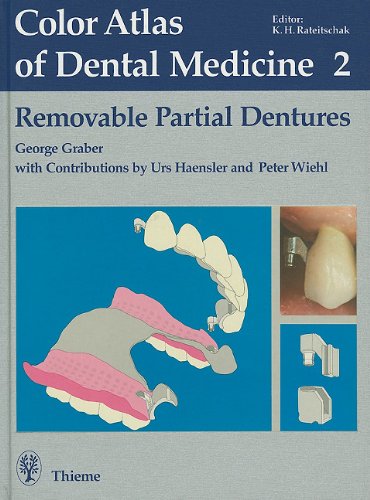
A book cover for Removable Partial Dentures (Color Atlas of Dental Medicine); G. Graber; Medical Books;